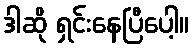
ဒါဆို ရှင်းနေပြီပေါ့။